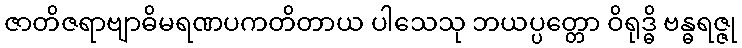
ဇာတိဇရာဗျာဓိမရဏပကတိတာယ ပါသေသု ဘယပ္ပတ္တော ဝိရုဒ္ဓိ ဗန္ဓရဇ္ဇု